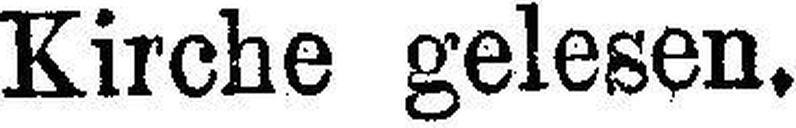
Kirche gelesen.